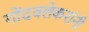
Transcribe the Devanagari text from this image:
गोंदवलेकरांनी